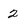
Character: 2